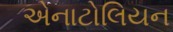
એનાટોલિયન